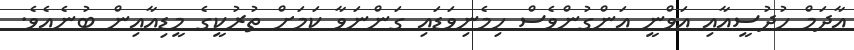
އާދަމް ހުދުސީއާއި އަވްނީ އަންގުންވެސް ހިމެނިވަޑައި ގަންނަވާ ކަމަށް ތުރުކީގެ މީޑިއާއިން ބުނެއެވެ.